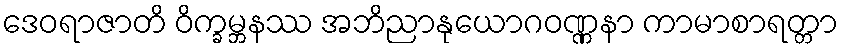
ဒေဝရာဇာတိ ဝိက္ခမ္ဘနဿ အဘိညာနုယောဂဝဏ္ဏနာ ကာမာစာရတ္တာ